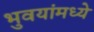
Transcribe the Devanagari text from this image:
भुवयांमध्ये